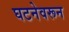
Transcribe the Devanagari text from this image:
घटनेवरून